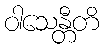
ဝါသေန္တီတိ